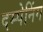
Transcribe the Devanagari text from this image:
दम्पेनिंग